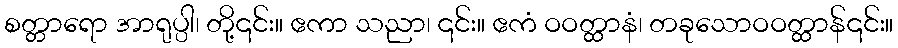
စတ္တာရော အာရုပ္ပါ၊ တို့၎င်း။ ဧကာ သညာ၊ ၎င်း။ ဧကံ ဝဝတ္ထာနံ၊ တခုသောဝဝတ္ထာန်၎င်း။